Scottish assistants in French and German schools and colleges, 1937
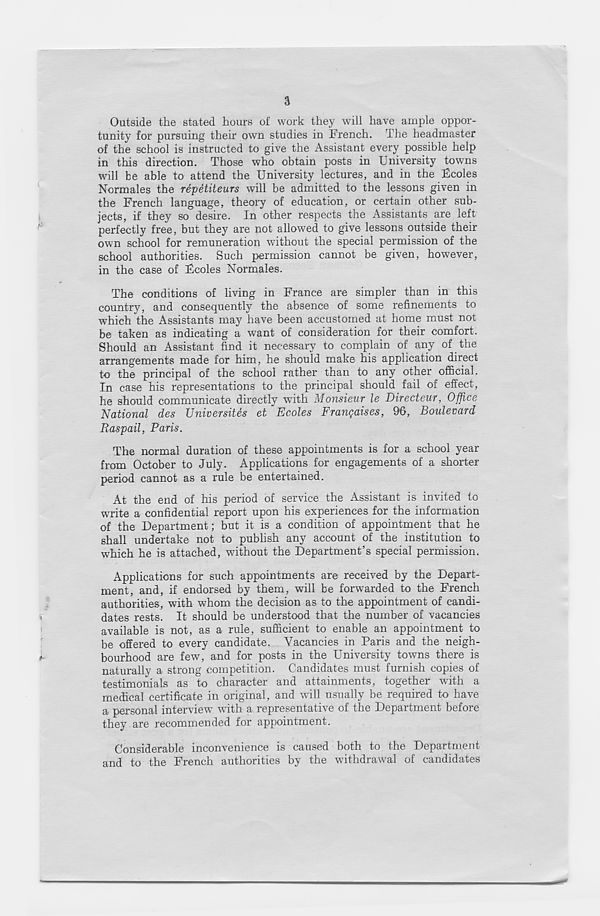
3
Outside the stated hours of work they will have ample oppor-
tunity for pursuing their own studies in French. The headmaster
of the school is instructed to give the Assistant every possible help
in this direction. Those who obtain posts in University towns
will be able to attend the University lectures, and in the Ucoles
Normales the repetiteurs will be admitted to the lessons given in
the French language, theory of education, or certain other sub-
jects, if they so desire. In other respects the Assistants are left
perfectly free, but they are not allowed to give lessons outside their
own school for remuneration without the special permission of the
school authorities. Such permission cannot be given, however,
in the case of Fcoles Normales.
The conditions of living in France are simpler than in this
country, and consequently the absence of some refinements to
which the Assistants may have been accustomed at home must not
be taken as indicating a want of consideration for their comfort.
Should an Assistant find it necessary to complain of any of the
arrangements made for him, he should make his application direct
to the principal of the school rather than to any other official.
In case his representations to the principal should fail of effect,
he should communicate directly with Monsieur le Directeur, Office
National des Universites et Ecoles Frangaises, 96, Boulevard
Baspail, Paris.
The normal duration of these appointments is for a school year
from October to July. Applications for engagements of a shorter-
period cannot as a rule be entertained.
At the end of his period of service the Assistant is invited to
write a confidential report upon his experiences for the information
of the Department; but it is a condition of appointment that he
shall undertake not to publish any account of the institution to
which he is attached, without the Department’s special permission.
Applications for such appointments are received by the Depart-
ment, and, if endorsed by them, will be forwarded to the French
authorities, with whom the decision as to the appointment of candi-
dates rests. It should be understood that the number of vacancies
available is not, as a rule, sufficient to enable an appointment to
be offered to every candidate. Vacancies in Paris and the neigh-
bourhood are few, and for posts in the University towns there is
naturally a strong competition. Candidates must furnish copies of
testimonials as to character and attainments, together with a
medical certificate in original, and will usually be required to have
a personal interview with a representative of the Department before
they are recommended for appointment.
Considerable inconvenience is caused both to the Department
and to the French authorities by the withdrawal of candidates